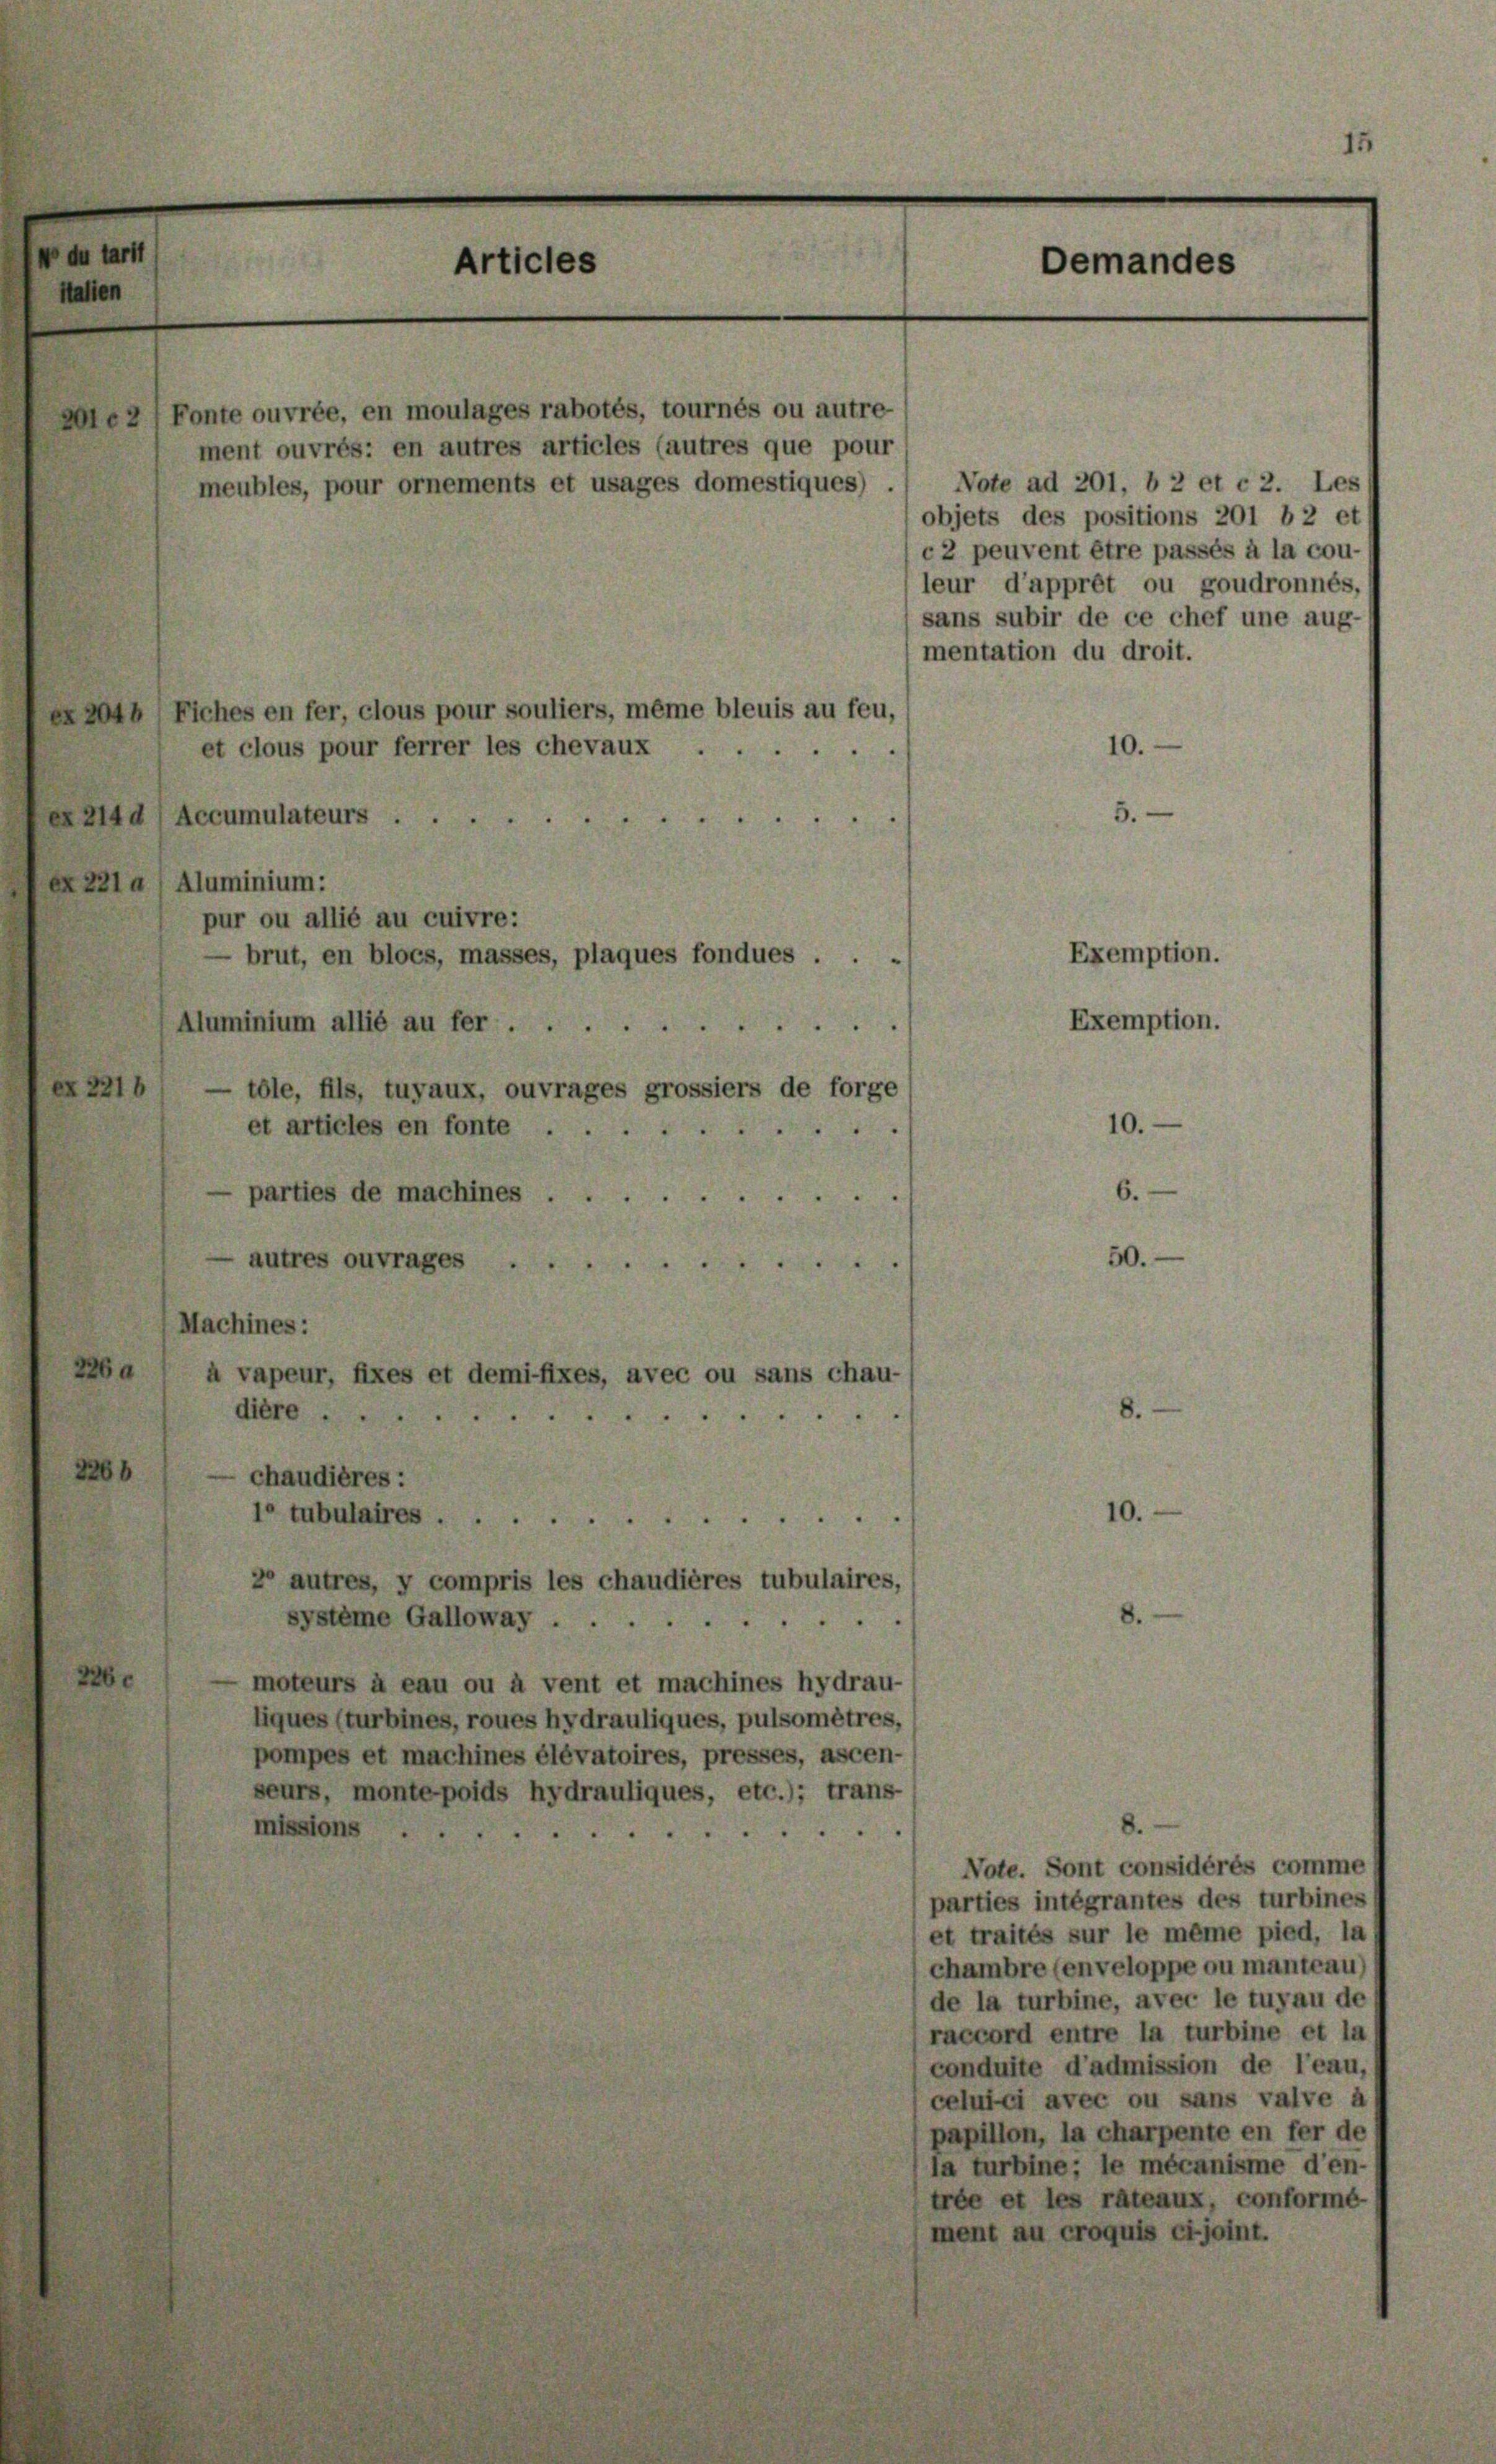
w du tarit
Italien

Articles
Demandes

le2) Fonte ouvrée, en moulages rabotés, tournés ou autre-
ment ouvrés: en autres articles (autres que pour
objets des positions 201 b 2 et
c2 peuvent être passés à la cou-
leur d’apprêt ou goudronnés,
sans subir de ce chef une aug-
mentation du droit.
2046 (Fiches en fer, clous pour souliers, même bleuis au feu,
10.
et clous pour ferrer les chevaux .
x 2140) Accumulateurs .
ex. 221 a/ Aluminium:
pur ou allié au cuivre:
brut, en bloes, masses, plaques fondues . .
Aluminium allié au fer.
ex. 2216
— tole, fils, tuyaux, ouvrages grossiers de forge
et articles en fonte . .
parties de machines ....
autres ouvrages
(Machines:
226 a
à vapeur, fixes et demifixes, avec ou sans chau-
8.
diere
2266
chaudières :
10.
10 tubulaires
2° autres, y compris les chaudières tubulaires,
8.
systeme Galloway
226.
moteurs à eau ou à vent et machines hydrau-
liques (turbines, roues hydrauliques, pulsomêtres,
pompes et machines élévatoires, presses, ascen-
seurs, monte poids hydrauliques, etc.); trans

missions
Note. Sont considérés comme
parties intégrantes des turbines
et traités sur le même pied, la
chambre (enveloppe ou manteau)
de la turbine, avec le tuyau de
raccord entre la turbine et la
conduite d’admission de l’eau,
celui-ci avec ou sans valve à
papillon, la charpente en fer de
la turbine; le mécanisme d’en-
trée et les rateaux, conformé-
ment au croquis cijoint.

meubles, pour ornements et usages domestiques) .) Note ad 201, b 2 et c 2. Les

5.

Exemption.
Exemption.

10.
6.

50.

15